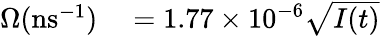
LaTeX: \begin{array}{rl}{\Omega(\mathrm{ns}^{-1})}&{{}=1.77\times 10^{-6}\sqrt{I(t)}}\end{array}